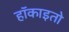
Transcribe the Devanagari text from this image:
हॉकाइतो